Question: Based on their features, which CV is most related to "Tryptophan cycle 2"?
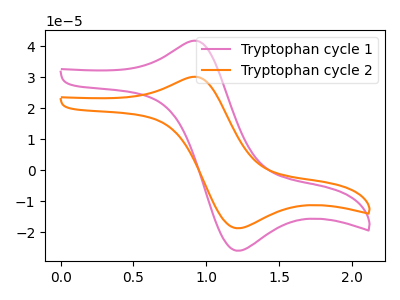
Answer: <think>The pink curve "Tryptophan cycle 1" has an anodic peak at (0.90V, 41.65uA) and a cathodic peak at (1.20V, -26.00uA). The orange curve "Tryptophan cycle 2" has an anodic peak at (0.90V, 30.05uA) and a cathodic peak at (1.20V, -18.75uA).
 All the peaks in "Tryptophan cycle 1" have a peak in "Tryptophan cycle 2" at the same potential. Every peak in "Tryptophan cycle 1" is higher than every peak in "Tryptophan cycle 2".</think>
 <answer>The CV with the most similar shape to "Tryptophan cycle 1" is "Tryptophan cycle 2".</answer>
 <eval>"Tryptophan cycle 2"</eval>